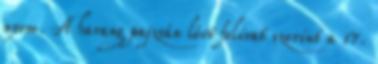
nyom. A harang pajzsán lévő felirat szerint a 17.